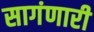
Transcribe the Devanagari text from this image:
सागंणारी